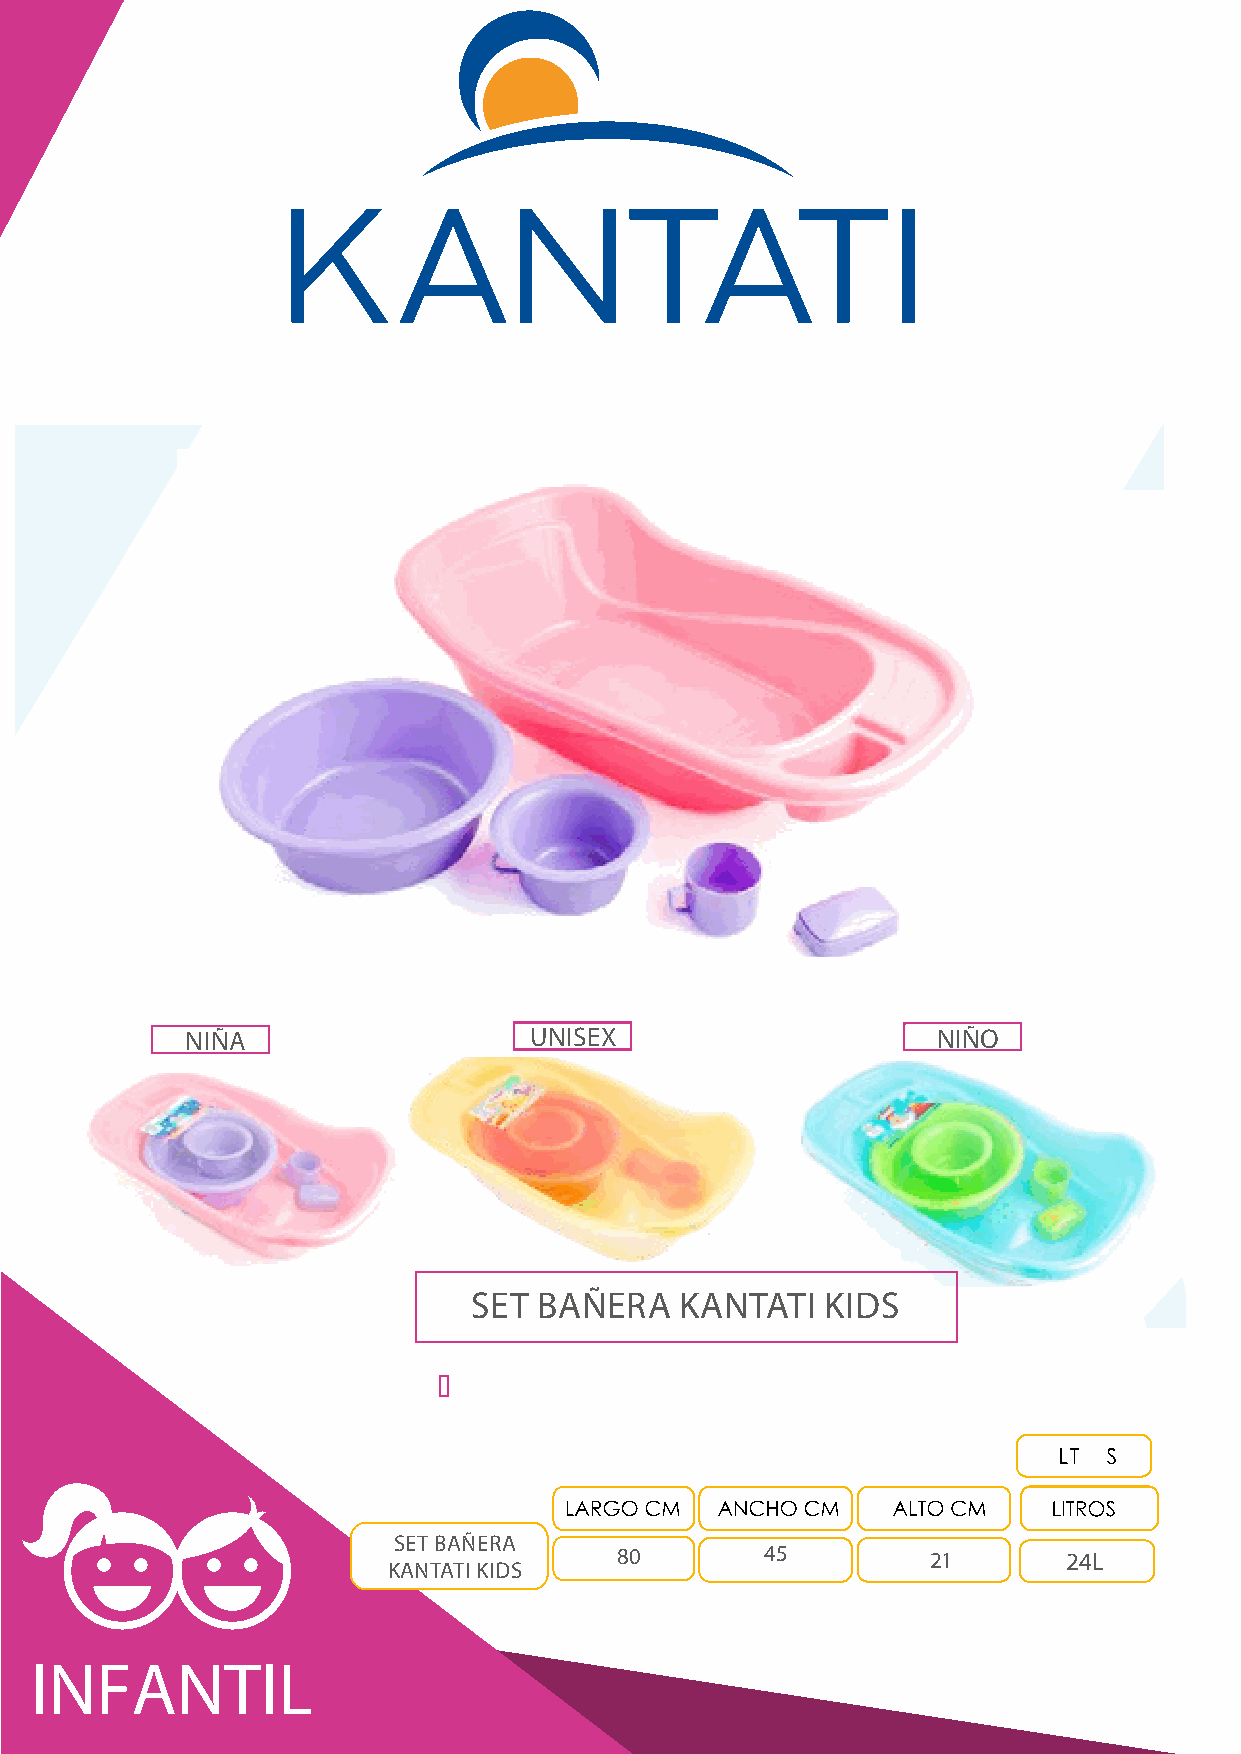
NIÑA                   UNISEX                     NIÑO
 SET  BAÑERA   KANTATI   KIDS
 SET BAÑERA
 80        45         21       24L
 KANTATI KIDS
 INFANTIL